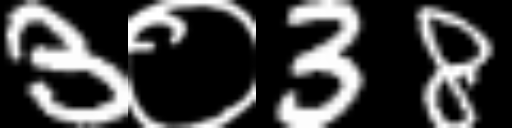
Text: 3०38